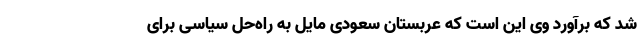
شد که برآورد وی این است که عربستان سعودی مایل به راه‌حل سیاسی برای